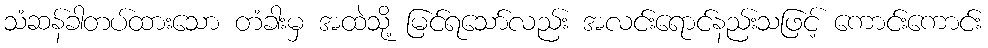
သံဆန်ခါတပ်ထားသော တံခါးမှ အထဲသို့ မြင်ရသော်လည်း အလင်းရောင်နည်းသဖြင့် ကောင်းကောင်း